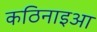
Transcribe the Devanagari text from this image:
कठिनाइआ